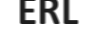
ERL